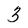
Character: 3